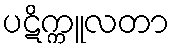
ပဋိက္ကူလတာ